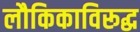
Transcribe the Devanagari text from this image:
लौकिकाविरूद्ध